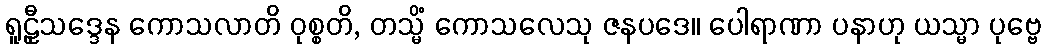
ရူဠှီသဒ္ဒေန ကောသလာတိ ဝုစ္စတိ, တသ္မိံ ကောသလေသု ဇနပဒေ။ ပေါရာဏာ ပနာဟု ယသ္မာ ပုဗ္ဗေ